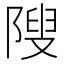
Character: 𱀥